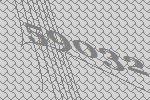
59032